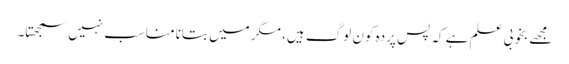
مجھے بخوبی علم ہے کہ پس پردہ کون لوگ ہیں، مگر میں بتانا مناسب نہیں سمجھتا۔